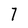
Character: 7